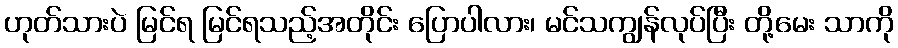
ဟုတ်သားပဲ မြင်ရ မြင်ရသည့်အတိုင်း ပြောပါလား၊ မင်သကျွန်လုပ်ပြီး တို့မေး သာကို